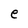
Character: e